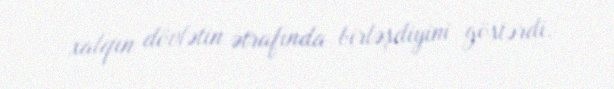
xalqın dövlətin ətrafında birləşdiyini göstərdi.